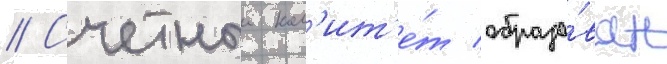
// Счетныи ком'ит'е́т образо́ван